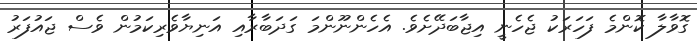
ގޮވާލާ ކޮންމެ ފަހަރަކު ޖެހެނީ އިޖާބަދޭށެވެ. އެހެންނޫންމަ ގަދަބާރާއި އަނިޔާވެރިކަމުން ވެސް ޖައުފަރު